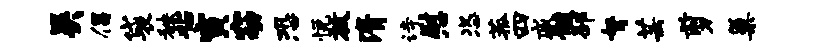
吴倡袋秧拈寅窈恐悦放清诗慰恣菰四戚髓邳弩芸剪巢